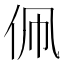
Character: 𬽳